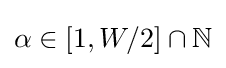
\alpha \in [1,W/2]\cap \mathbb {N}